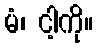
မံ၊ ငါ့ကို။